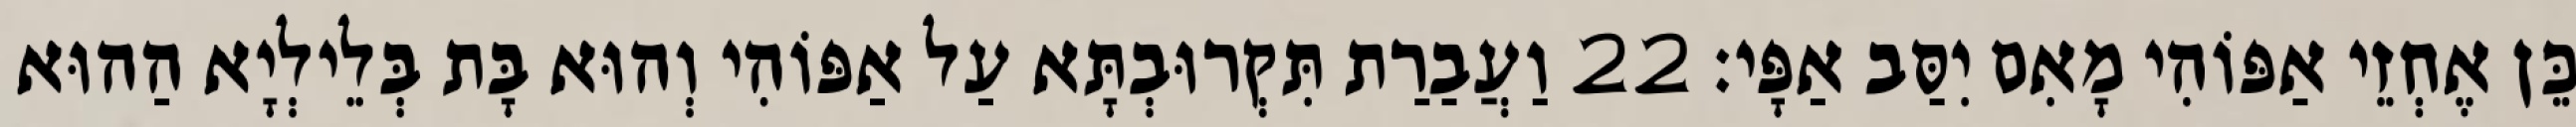
כֵּן אֶחְזֵי אַפּוֹהִי מָאִם יִסַּב אַפָּי׃ 22 וַעֲבַרַת תִּקְרוּבְתָּא עַל אַפּוֹהִי וְהוּא בָּת בְּלֵילְיָא הַהוּא